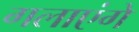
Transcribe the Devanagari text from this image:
गलाएंगे